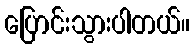
ပြောင်းသွားပါတယ်။